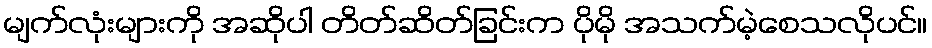
မျက်လုံးများကို အဆိုပါ တိတ်ဆိတ်ခြင်းက ပိုမို အသက်မဲ့စေသလိုပင်။